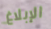
الإبلاغ